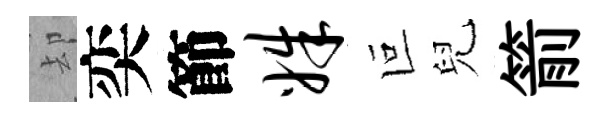
却奕節姝叵兒箭